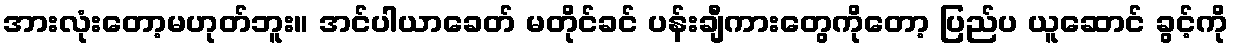
အားလုံးတော့မဟုတ်ဘူး။ အင်ပါယာခေတ် မတိုင်ခင် ပန်းချီကားတွေကိုတော့ ပြည်ပ ယူဆောင် ခွင့်ကို